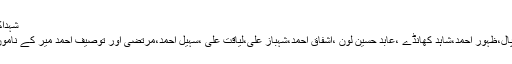
شہداکی شناخت عدنان
احمد،عامر احمد پال،ظہور احمد،شاہد کھانڈے ،عابد حسین لون ،اشفاق احمد،شہباز علی،لیاقت علی ،سہیل احمد،مرتضیٰ اور توصیف احمد میر کے ناموں سے ہوئی تھی۔